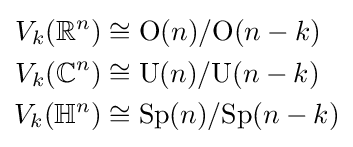
{\begin{aligned}V_{k}(\mathbb {R} ^{n})&\cong {\mbox{O}}(n)/{\mbox{O}}(n-k)\\V_{k}(\mathbb {C} ^{n})&\cong {\mbox{U}}(n)/{\mbox{U}}(n-k)\\V_{k}(\mathbb {H} ^{n})&\cong {\mbox{Sp}}(n)/{\mbox{Sp}}(n-k)\end{aligned}}